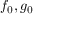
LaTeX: f _ { 0 } , g _ { 0 }